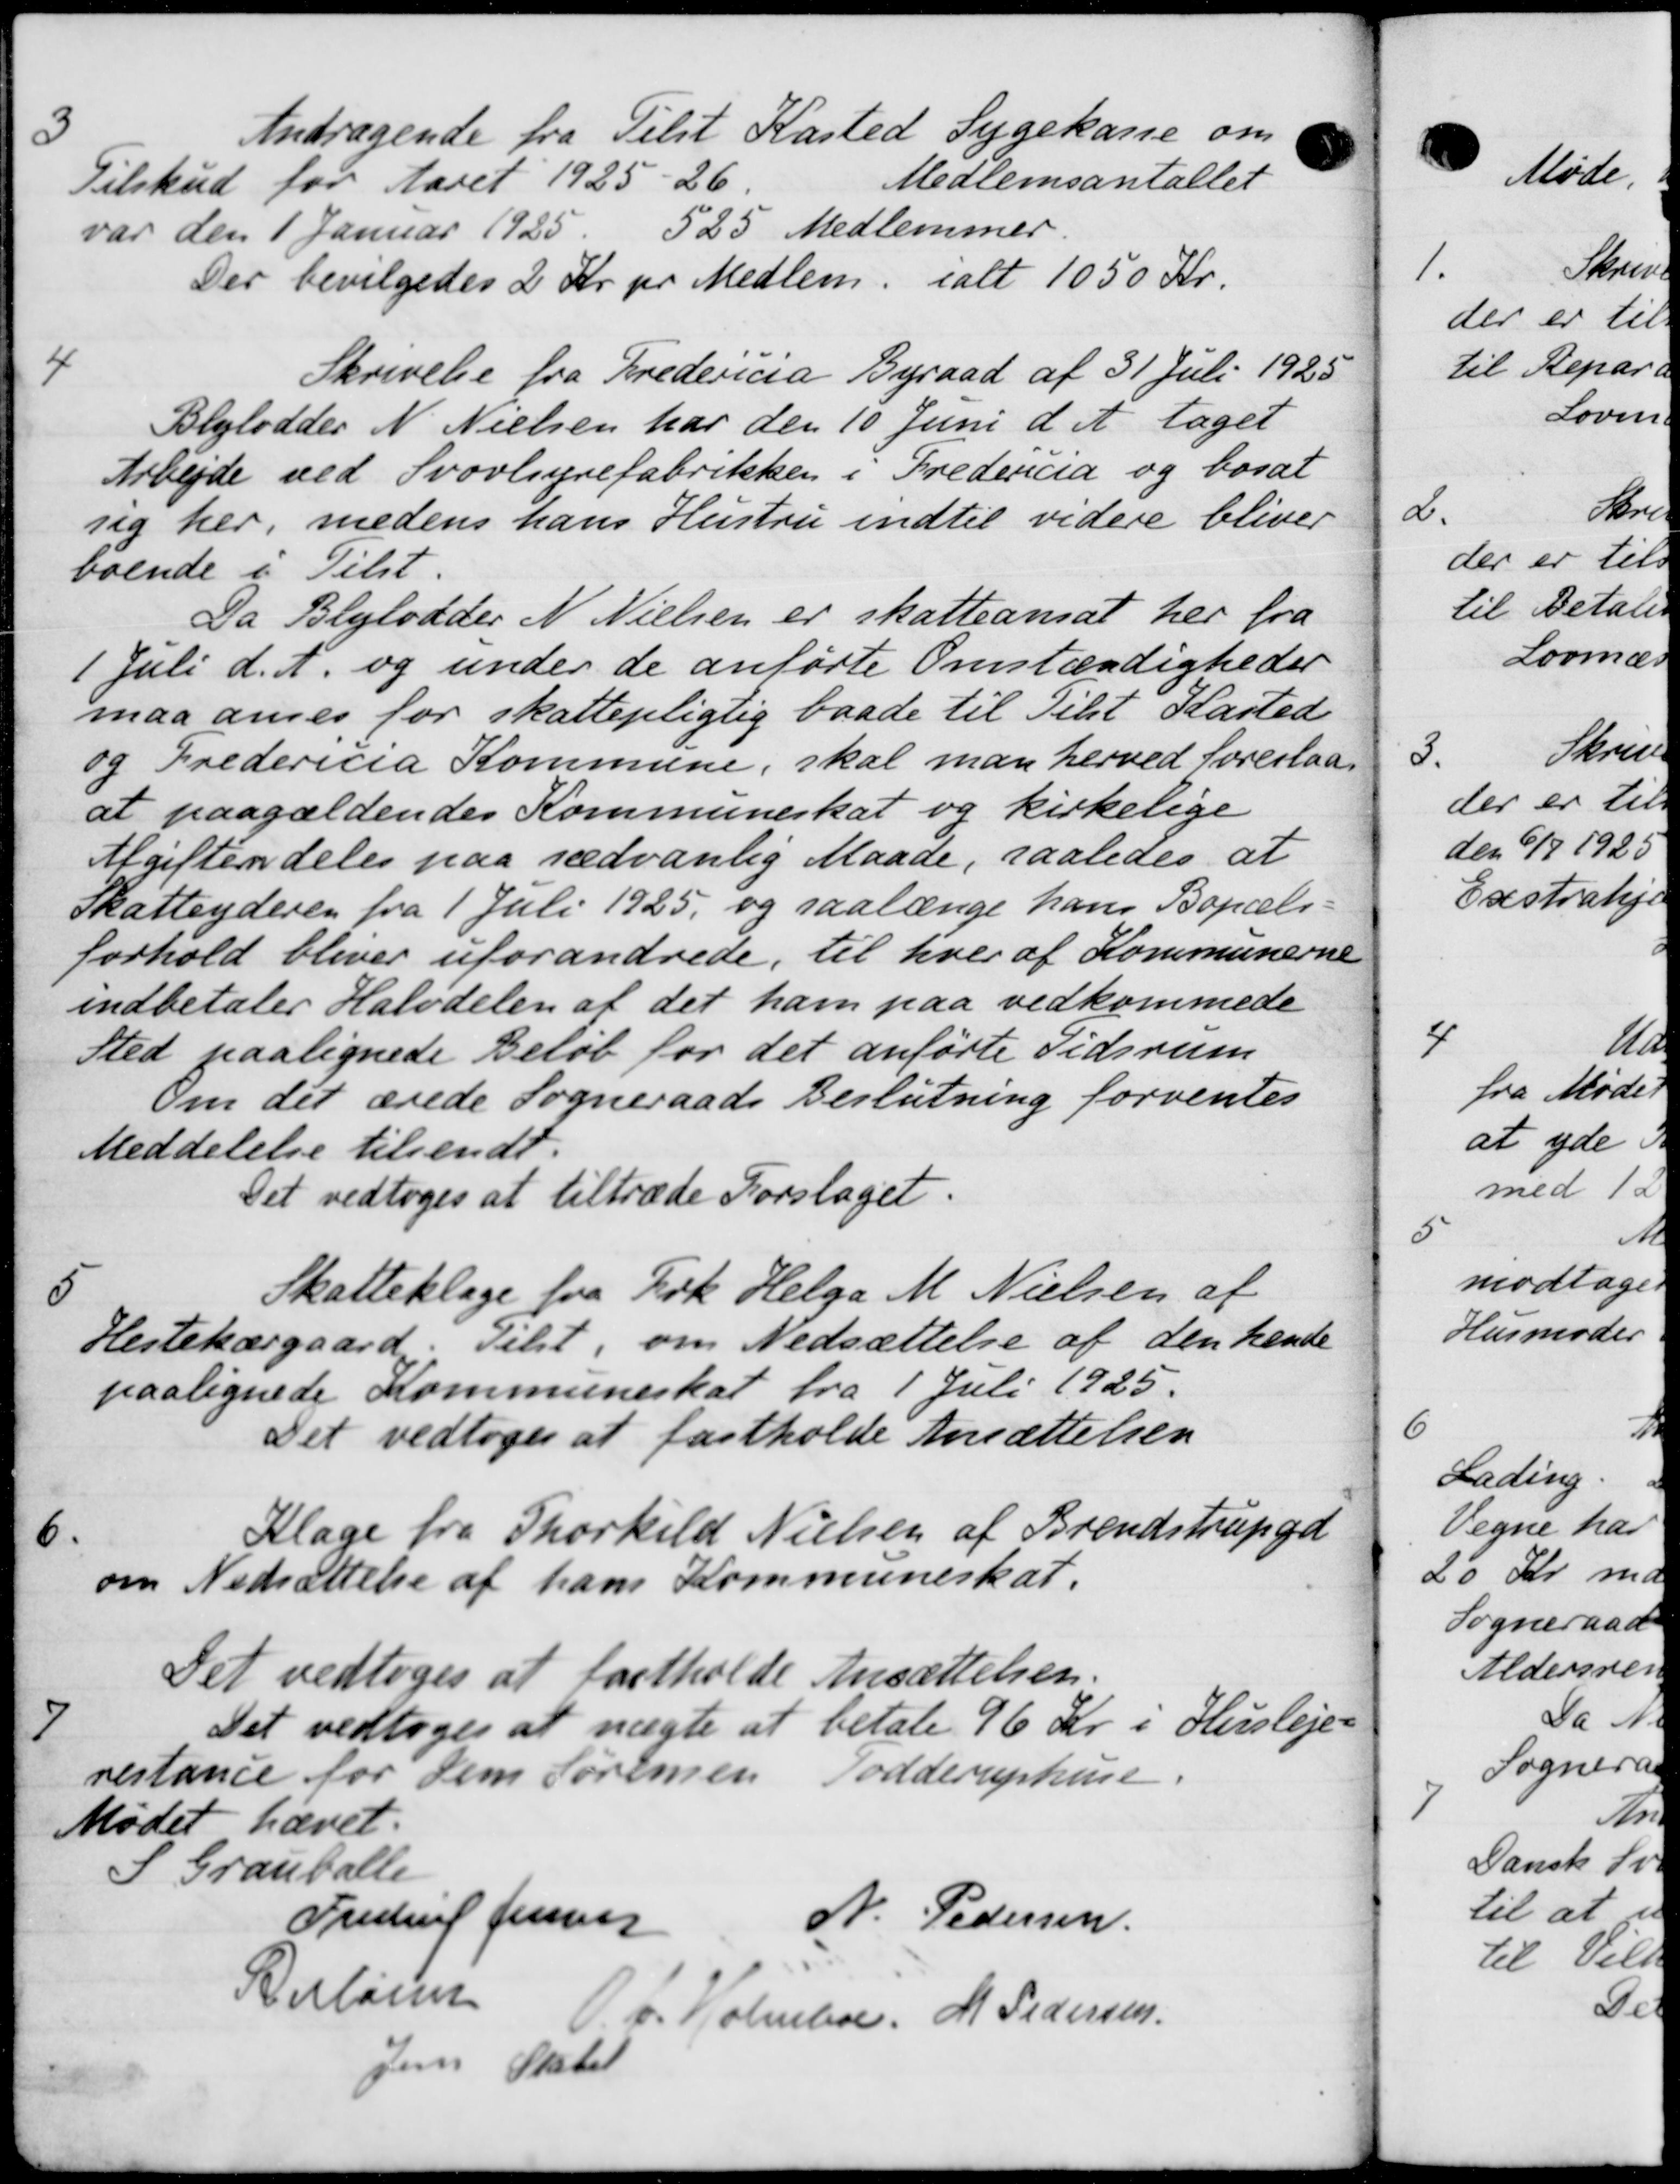
Transskription:
3
Andragende fra Tilst Kasted Sygekasse om
Medlemsantallet
Tilskud for Aaret 1925-26.
var den 1 Januar 1925. 525 Medlemmer.
Der bevilgedes 2 Kr pr Medlem, ialt 1050 Kr.
4
Skrivelse fra Fredericia Byraad af 31 Juli 1925
Blylodder N. Nielsen har den 10 Juni d. A. taget
Arbejde ved Svovlsyrefabrikken i Fredericia og bosat
sig her, medens hans Hustru indtil videre bliver
boende i Tilst.
Da Blylodder N. Nielsen er skatteansat her fra
1 Juli d. A. og under de anførte Omstændigheder
maa annes for skattepligtig baade til Tilst Kasted
og Fredericia Kommune, skal man herved foreslaa
at paagældendes Kommuneskat og kirkelige
Afgiften deles paa sædvanlig Maade, saaledes at
Skatteyderen fra 1 Juli 1925, og saalænge hans Bopæls-
forhold bliver uforandrede, til hver af Kommunerne
indbetaler Halvdelen af det ham paa vedkommede
Sted paalignede Beløb for det anførte Tidsrum
Om det ærede Sogneraads Beslutning forventes
Meddelelse tilsendt.
Det vedtoges at tiltræde Forslaget.
5
Skatteklage fra Frk. Helga M. Nielsen af
Hestekærgaard. Tilst, om Nedsættelse af den hende
paalignede Kommuneskat fra 1 Juli 1925.
Det vedtoges at fastholde Ansættelsen
Klage fra Thorkild Nielsen af Brendstrupgd
6
om Nedsættelse af hans Kommuneskat.
Det vedtoges at fastholde Ansættelsen.
7
Det vedtoges at nægte at betale 96 Kr. i Husleje-
restance for den Sørensen Todderuphuse
Mødet hævet.
Grauballe
Frederik Jensen
N. Pedersen
Perløsen P. Holmboe, M. Pedersen
Jens Skabet